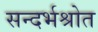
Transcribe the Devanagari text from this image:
सन्दर्भश्रोत